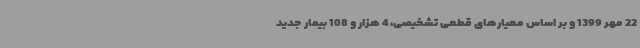
22 مهر 1399 و بر اساس معیارهای قطعی تشخیصی، 4 هزار و 108 بیمار جدید